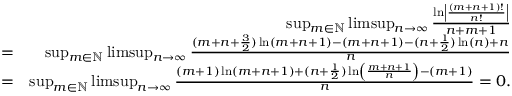
\begin{array} { r l r } & { } & { \operatorname* { s u p } _ { m \in \mathbb { N } } \operatorname* { l i m s u p } _ { n \rightarrow \infty } \frac { \ln \left| \frac { ( m + n + 1 ) ! } { n ! } \right| } { n + m + 1 } } \\ & { = } & { \operatorname* { s u p } _ { m \in \mathbb { N } } \operatorname* { l i m s u p } _ { n \rightarrow \infty } \frac { ( m + n + \frac { 3 } { 2 } ) \ln ( m + n + 1 ) - ( m + n + 1 ) - ( n + \frac { 1 } { 2 } ) \ln ( n ) + n } { n } } \\ & { = } & { \operatorname* { s u p } _ { m \in \mathbb { N } } \operatorname* { l i m s u p } _ { n \rightarrow \infty } \frac { ( m + 1 ) \ln ( m + n + 1 ) + ( n + \frac { 1 } { 2 } ) \ln \left( \frac { m + n + 1 } { n } \right) - ( m + 1 ) } { n } = 0 . } \end{array}